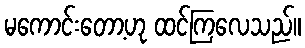
မကောင်းတော့ဟု ထင်ကြလေသည်။